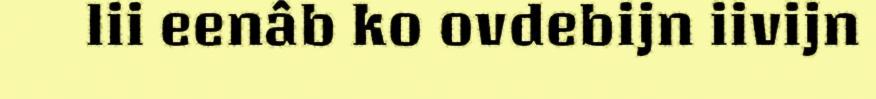
lii eenâb ko ovdebijn iivijn